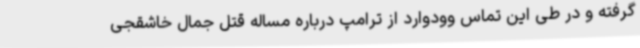
گرفته و در طی این تماس وودوارد از ترامپ درباره مساله قتل جمال خاشقجی